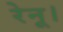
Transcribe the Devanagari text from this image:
रेनू।